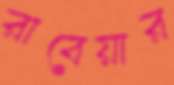
রাবেয়ার